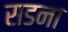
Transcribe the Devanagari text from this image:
सडना